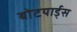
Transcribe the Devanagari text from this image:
बोटयार्ड्स